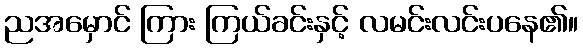
ညအမှောင် ကြား ကြယ်ခင်းနှင့် လမင်းလင်းပနေ၏။